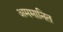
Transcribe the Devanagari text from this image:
अममानित